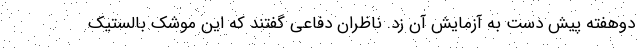
دوهفته پیش دست به آزمایش آن زد. ناظران دفاعی گفتند که این موشک بالستیک